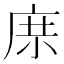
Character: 𱝅